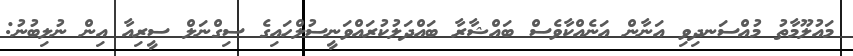
މައުލޫމާތު މުއްސަނދިވި އަނާން އަނެއްކާވެސް ބައްޝާރާ ބައްދަލުކުރައްވަނީސުލްހައިގެ ސިގްނަލް ސީރިއާ އިން ނުލިބުނު: